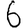
Digit: 6